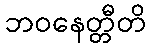
ဘဝနေတ္တီတိ